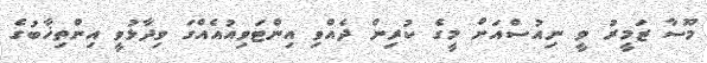
މޫސާ ޒަމީރު ވީ ނިއުސްއަށް މީގެ ކުރިން ދެއްވި އިންޓަވިއުއެއްގަ ވިދާޅުވީ އިންތިޚާބުގެ